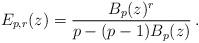
LaTeX: \begin{align*}E_{p,r}(z) = \frac{B_p(z)^{r}}{p-(p-1)B_p(z)} \,.\end{align*}